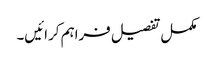
مکمل تفصیل فراہم کرائیں۔